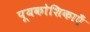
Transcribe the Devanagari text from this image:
पूयकोशिकाएँ